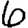
Digit: 6